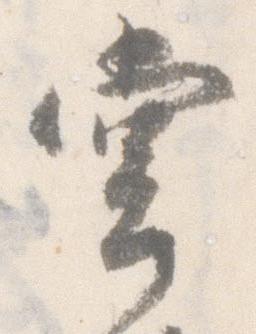
堂